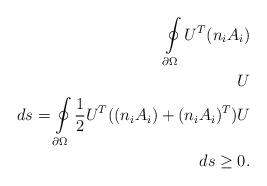
LaTeX: \begin{align*}\oint\limits_{\partial\Omega}U^T (n_i A_i) \\\ U \\\ ds = \oint\limits_{\partial\Omega} \frac{1}{2} U^T ((n_i A_i) +(n_i A_i )^T) U \\\ ds \geq 0.\end{align*}